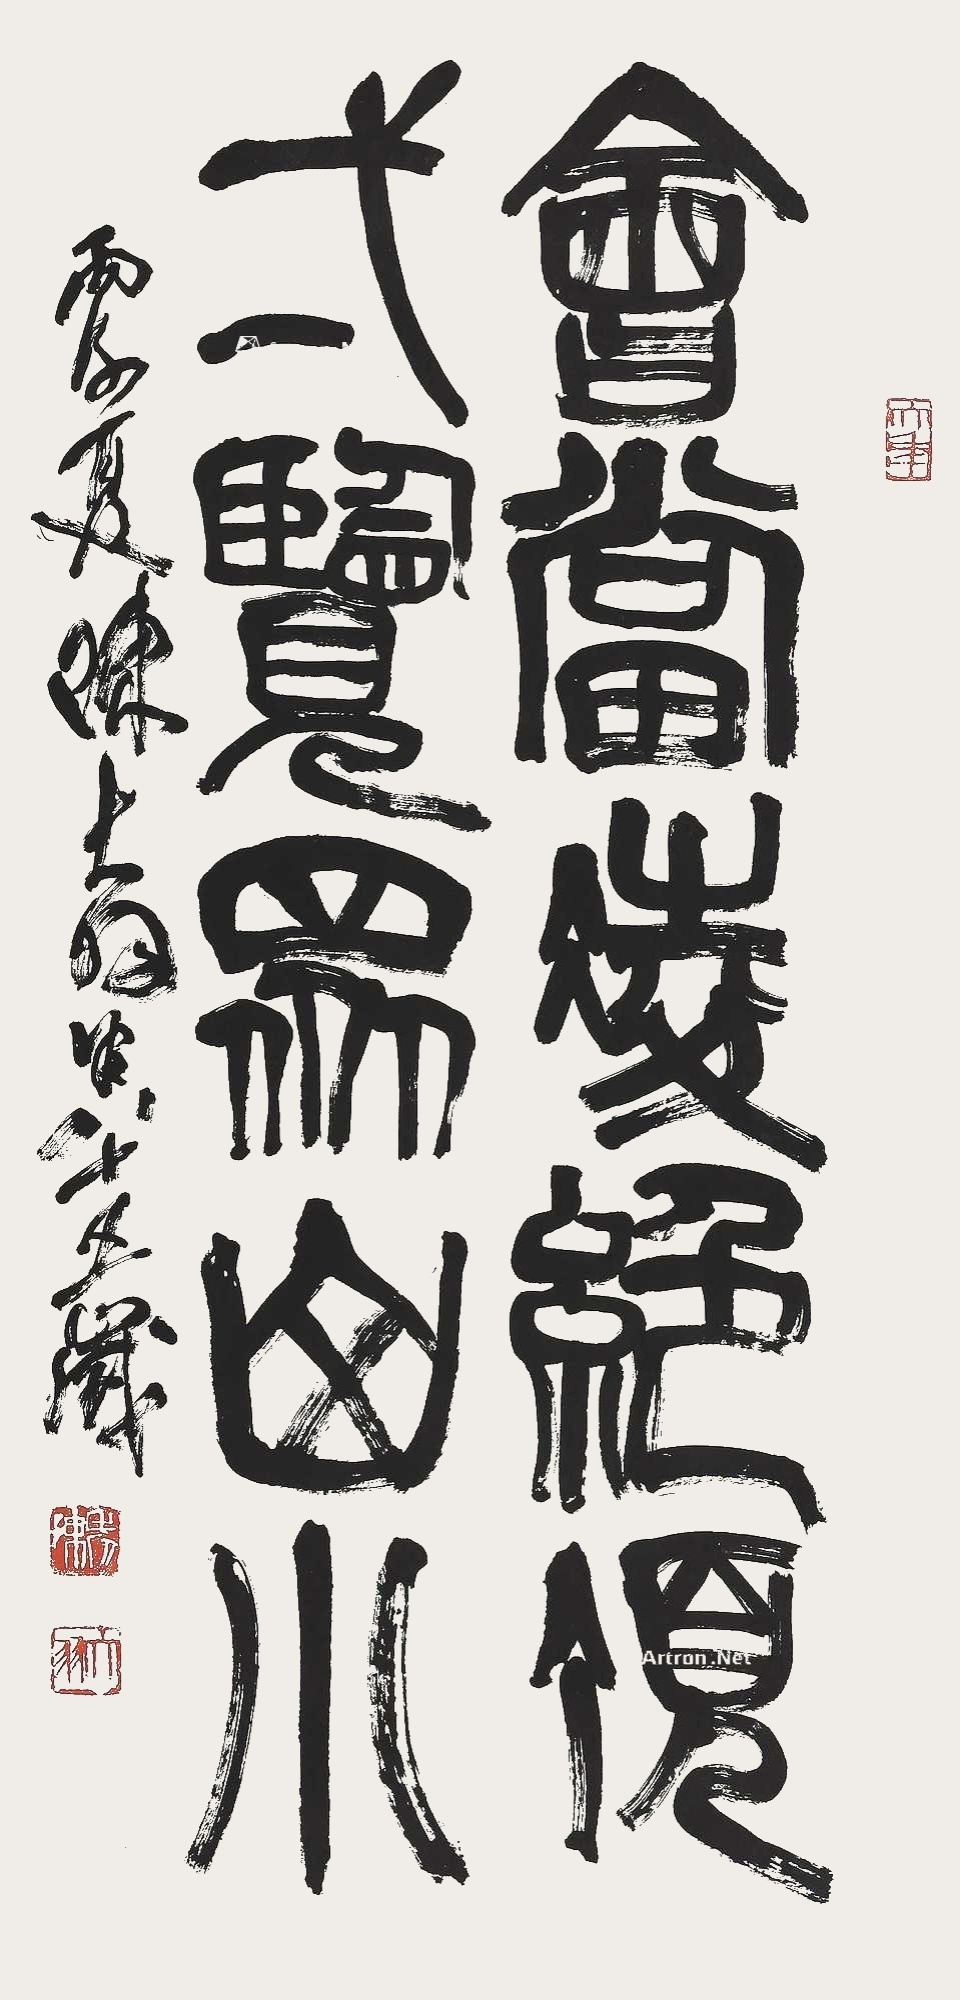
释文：会当凌绝顶，一览众山小。丙子夏，陈大羽时八十五岁。